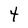
Character: 4